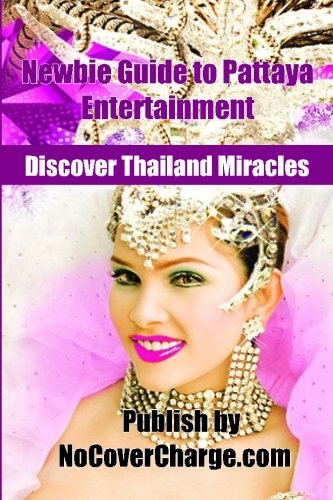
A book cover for Newbie Guide to Pattaya Entertainment: Discover Thailand Miracles (Volume 8); Balthazar Moreno; Travel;